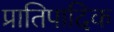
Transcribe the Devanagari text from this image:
प्रातिपादिक